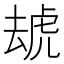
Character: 䖔